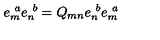
e _ { m } ^ { \ a } e _ { n } ^ { \ b } = Q _ { m n } e _ { n } ^ { \ b } e _ { m } ^ { \ a }